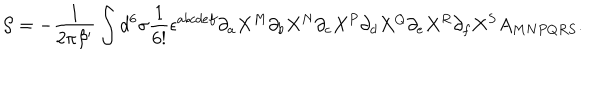
{ \cal S } = - { \frac { 1 } { 2 \pi \beta ^ { \prime } } } \int d ^ { 6 } \sigma { \frac { 1 } { 6 ! } } \epsilon ^ { a b c d e f } \partial _ { a } X ^ { M } \partial _ { b } X ^ { N } \partial _ { c } X ^ { P } \partial _ { d } X ^ { Q } \partial _ { e } X ^ { R } \partial _ { f } X ^ { S } A _ { M N P Q R S } .